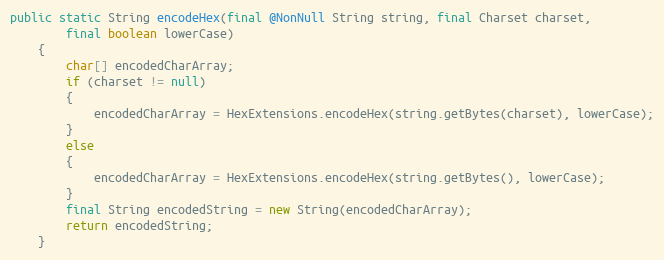
Language: Java
public static String encodeHex(final @NonNull String string, final Charset charset,
		final boolean lowerCase)
	{
		char[] encodedCharArray;
		if (charset != null)
		{
			encodedCharArray = HexExtensions.encodeHex(string.getBytes(charset), lowerCase);
		}
		else
		{
			encodedCharArray = HexExtensions.encodeHex(string.getBytes(), lowerCase);
		}
		final String encodedString = new String(encodedCharArray);
		return encodedString;
	}